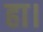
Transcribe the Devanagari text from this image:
हा।